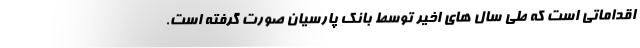
اقداماتی است که طی سال های اخیر توسط بانک پارسیان صورت گرفته است.